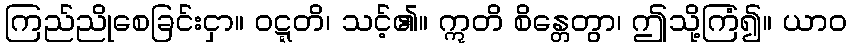
ကြည်ညိုစေခြင်းငှာ။ ဝဋ္ဋတိ၊ သင့်၏။ ဣတိ စိန္တေတွာ၊ ဤသို့ကြံ၍။ ယာဝ